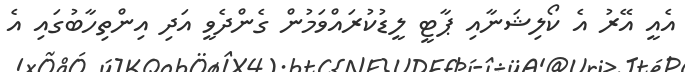
އެއީ އޭރު އެ ކޯލިޝަނާއި ޕާޓީ ލީޑުކުރައްވަމުން ގެންދެވީ އަދި އިންތިހާބުގަައި އެ